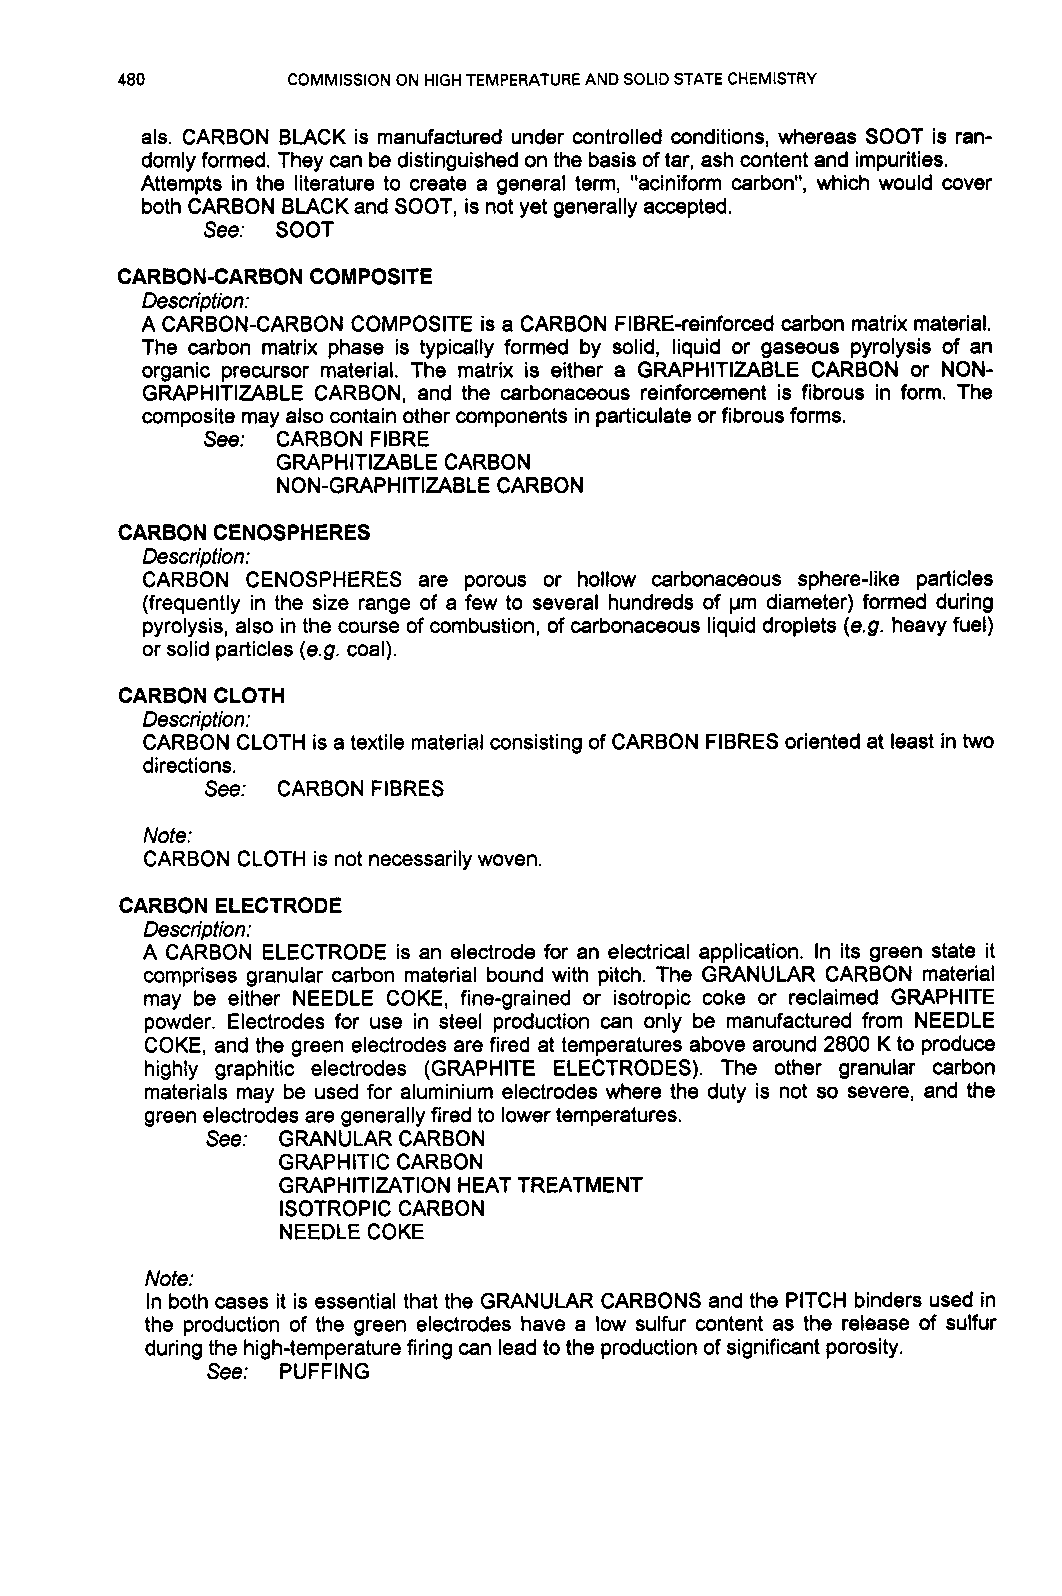
480        COMMISSION ON HIGH TEMPERATURE AND SOLID STATE CHEMISTRY
 als. CARBON BLACK is manufactured under controlled conditions, whereas SOOT is ran-
 domly formed. They can be distinguished on the basis of tar, ash content and impurities.
 Attempts in the literature to create a general term, "aciniform carbon", which would cover
 both CARBON BLACK and SOOT, is not yet generally accepted.
 See: SOOT
 CARBON-CARBON COMPOSITE
 Description:
 A CARBON-CARBON COMPOSITE is a CARBON FIBRE-reinforced carbon matrix material.
 The carbon matrix phase is typically formed by solid, liquid or gaseous pyrolysis of an
 organic precursor material. The matrix is either a GRAPHITIZABLE CARBON or NON-
 GRAPHITIZABLE CARBON, and the carbonaceous reinforcement is fibrous in form. The
 composite may also contain other components in particulate or fibrous forms.
 See: CARBON FIBRE
 GRAPHI TIZABLE CARBON
 NON-GRAPHITIZABLE CARBON
 CARBONCENOSPHERES
 Description:
 CARBON CENOSPHERES are porous or hollow carbonaceous sphere-like particles
 (frequently in the size range of a few to several hundreds of pm diameter) formed during
 pyrolysis, also in the course of combustion, of carbonaceous liquid droplets (e.9. heavy fuel)
 or solid particles (e.g. coal).
 CARBONCLOTH
 Description:
 CARBON CLOTH is a textile material consisting of CARBON FIBRES oriented at least in two
 directions.
 See: CARBON FIBRES
 Note:
 CARBON CLOTH is not necessarily woven.
 CARBON ELECTRODE
 Description:
 A CARBON ELECTRODE is an electrode for an electrical application. In its green state it
 comprises granular carbon material bound with pitch. The GRANULAR CARBON material
 may be either NEEDLE COKE, fine-grained or isotropic coke or reclaimed GRAPHITE
 powder. Electrodes for use in steel production can only be manufactured from NEEDLE
 COKE, and the green electrodes are fired at temperatures above around 2800 K to produce
 highly graphitic electrodes (GRAPHITE ELECTRODES). The other granular carbon
 materials may be used for aluminium electrodes where the duty is not so severe, and the
 green electrodes are generally fired to lower temperatures.
 See: GRANULAR CARBON
 GRAPHITIC CARBON
 GRAPHITIZATION HEAT TREATMENT
 ISOTROPIC CARBON
 NEEDLE COKE
 Note:
 In both cases it is essential that the GRANULAR CARBONS and the PITCH binders used in
 the production of the green electrodes have a low sulfur content as the release of sulfur
 during the high-temperature firing can lead to the production of significant porosity.
 See: PUFFING